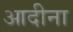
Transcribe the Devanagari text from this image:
आदीना